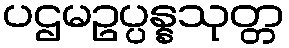
ပဌမဥပ္ပန္နသုတ္တ